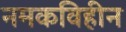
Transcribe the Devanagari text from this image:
नमकविहीन